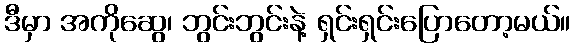
ဒီမှာ အကိုဆွေ၊ ဘွင်းဘွင်းနဲ့ ရှင်းရှင်းပြောတော့မယ်။